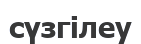
сүзгілеу